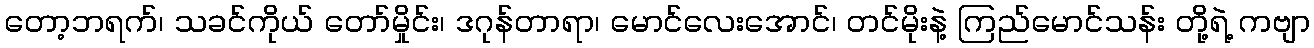
တော့ဘရက်၊ သခင်ကိုယ် တော်မှိုင်း၊ ဒဂုန်တာရာ၊ မောင်လေးအောင်၊ တင်မိုးနဲ့ ကြည်မောင်သန်း တို့ရဲ့ ကဗျာ